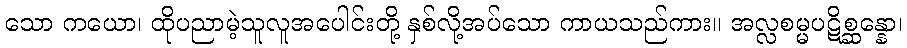
သော ကယော၊ ထိုပညာမဲ့သူလူအပေါင်းတို့ နှစ်လို့အပ်သော ကာယသည်ကား။ အလ္လစမ္မပဋိစ္ဆန္နော၊